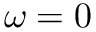
\omega = 0